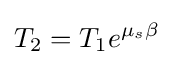
T_{2}=T_{1}e^{\mu _{s}\beta }